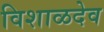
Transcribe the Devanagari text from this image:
विशाळदेव